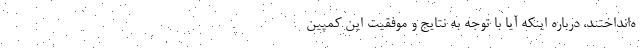
ه‌انداختند، درباره اینکه آیا با توجه به نتایج و موفقیت این کمپین